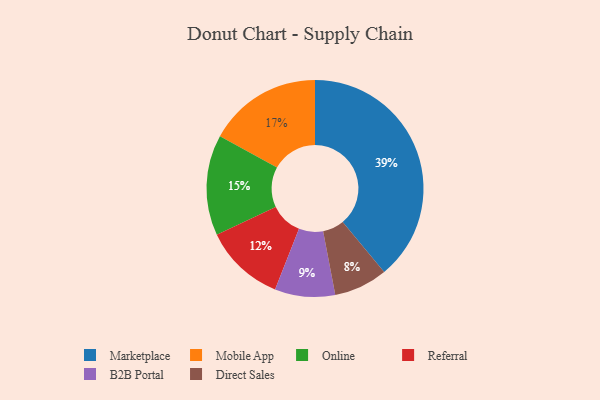
{"axis": {"x": "Category", "y": "Percentage"}, "legend": ["B2B Portal", "Direct Sales", "Marketplace", "Mobile App", "Online", "Referral"], "data": [{"x": "Mobile App", "y": 17, "type": "Mobile App"}, {"x": "B2B Portal", "y": 9, "type": "B2B Portal"}, {"x": "Referral", "y": 12, "type": "Referral"}, {"x": "Direct Sales", "y": 8, "type": "Direct Sales"}, {"x": "Marketplace", "y": 39, "type": "Marketplace"}, {"x": "Online", "y": 15, "type": "Online"}]}